Sanitation, dispensaries and jails vaccination Rajputana 1922-1927 - 1922-1927
Year: 1922
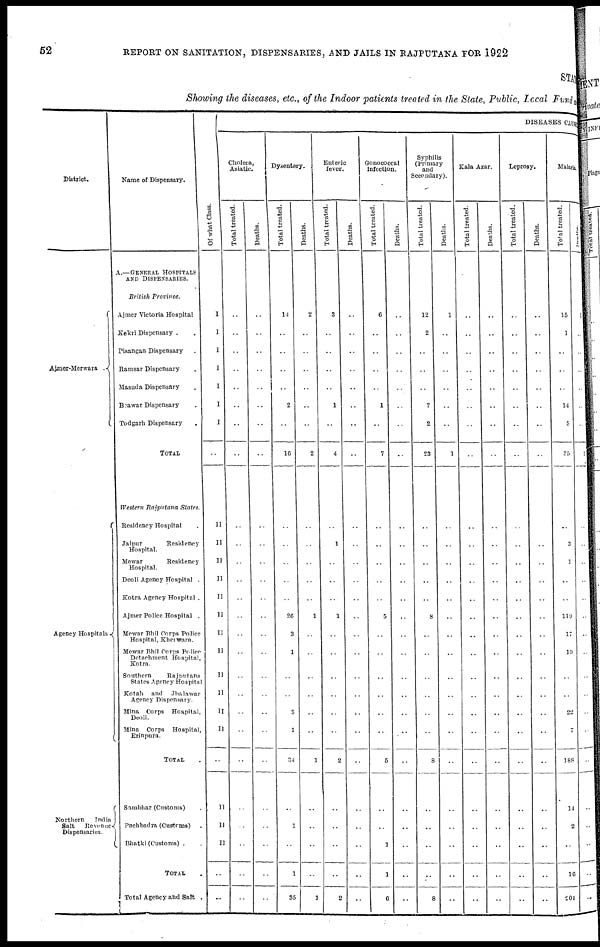
52
REPORT ON SANITATION, DISPENSARIES, AND JAILS IN RAJPUTANA FOR 1922
STAT
Showing the diseases, etc., of the Indoor patients treated in the State, Public, Local Funds
District.
Ajmer Merwara .
Agency Hospitals
Northern
India
Salt
Revenue
Dispensaries.
Name of Dispensary.
A.—GENERAL HOSPITALS
AND DISPENSARIES.
British Province.
Ajmer Victoria Hospital
Kekri Dispensary . .
Pisangan Dispensary .
Ramsar Dispensary .
Masuda Dispensary .
Beawar Dispensary .
Todgarh Dispensary .
TOTAL
Western Rajputana States.
Residency Hospital .
Jaipur
Residency
Hospital.
Mewar
Residency
Hospital.
Deoli Agency Hospital .
Kotra Agency Hospital .
Ajmer Police Hospital .
Mewar Bhil Corps Police
Hospital, Kherwara.
Mewar Bhil Corps Police
Detachment Hospital,
Kotra.
Southern
Rajputana
States Agency Hospital
Kotah and
Jhalawar
Agency Dispensary.
Mina Corps Hospital,
Deoli.
Mina Corps Hospital,
Erinpura.
TOTAL .
Sambhar (Customs) .
Pachbadra (Customs) .
Bhatki (Customs) . .
TOTAL .
Total Agency and Salt .
Of what Class.
I
I
I
I
I
I
I
..
II
II
II
II
II
II
II
II
II
II
II
II
..
II
II
II
..
..
DISEASES CAUSE
Cholera,
Asiatic.
Total treated.
..
..
..
..
..
..
..
..
..
..
..
..
..
..
..
..
..
..
..
..
..
..
..
..
..
..
Deaths.
..
..
..
..
..
..
..
..
..
..
..
..
..
..
..
..
..
..
..
..
..
..
..
..
..
..
Dysentery.
Total treated.
14
..
..
..
..
2
..
16
..
..
..
..
..
26
3
1
..
..
3
1
34
..
1
..
1
35
Deaths.
2
..
..
..
..
..
..
2
..
..
..
..
..
1
..
..
..
..
..
..
1
..
..
..
..
1
Enteric
fever.
Total treated.
3
..
..
..
..
1
..
4
..
1
..
..
..
1
..
..
..
..
..
..
2
..
..
..
..
2
Deaths.
..
..
..
..
..
..
..
..
..
..
..
..
..
..
..
..
..
..
..
..
..
..
..
..
..
..
Gonococcal
infection.
Total treated.
6
..
..
..
..
1
..
7
..
..
..
..
..
5
..
..
..
..
..
..
5
..
..
1
1
6
Deaths.
..
..
..
..
..
..
..
..
..
..
..
..
..
..
..
..
..
..
..
..
..
..
..
..
..
..
Syphilis
(Primary
and
Secondary).
Total treated.
12
2
..
..
..
7
2
23
..
..
..
..
..
8
..
..
..
..
..
..
8
..
..
..
..
8
Deaths.
1
..
..
..
..
..
..
1
..
..
..
..
..
..
..
..
..
..
..
..
..
..
..
..
..
..
Kala Azar.
Total treated.
..
..
..
..
..
..
..
..
..
..
..
..
..
..
..
..
..
..
..
..
..
..
..
..
..
..
Deaths.
..
..
..
..
..
..
..
..
..
..
..
..
..
..
..
..
..
..
..
..
..
..
..
..
..
..
Leprosy.
Total treated.
..
..
..
..
..
..
..
..
..
..
..
..
..
..
..
..
..
..
..
..
..
..
..
..
..
..
Deaths.
..
..
..
..
..
..
..
..
..
..
..
..
..
..
..
..
..
..
..
..
..
..
..
..
..
..
Malaria.
Total treated.
15
1
..
..
..
14
5
35
..
3
1
..
..
119
17
19
..
..
22
7
188
14
2
..
16
204
Deaths.
1
..
..
..
..
..
..
1
..
..
..
..
..
..
..
..
..
..
..
..
..
..
..
..
..
..